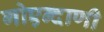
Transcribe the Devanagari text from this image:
गोएन्दाणी